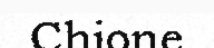
Chione